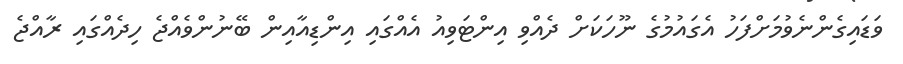
ވަޑައިގެންނެވުމަށްފަހު އެގައުމުގެ ނޫހަކަށް ދެއްވި އިންޓަވިއު އެއްގައި އިންޑިއާއިން ބޭނުންވެއްޖެ ހިދެއްގައި ރާއްޖެ